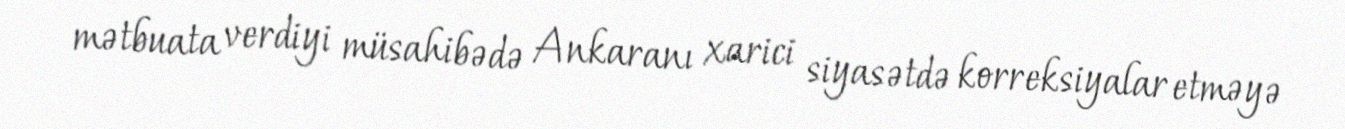
mətbuata verdiyi müsahibədə Ankaranı xarici siyasətdə korreksiyalar etməyə